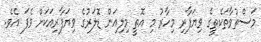
މަސްތުވާތަކެތީގެ ވިޔަފާރި މިހާރު މި އޮތީ މިލިއަން ޑޮލަރުގެ ވިޔަފާރިއަކަށް ވެފަ އެވެ.